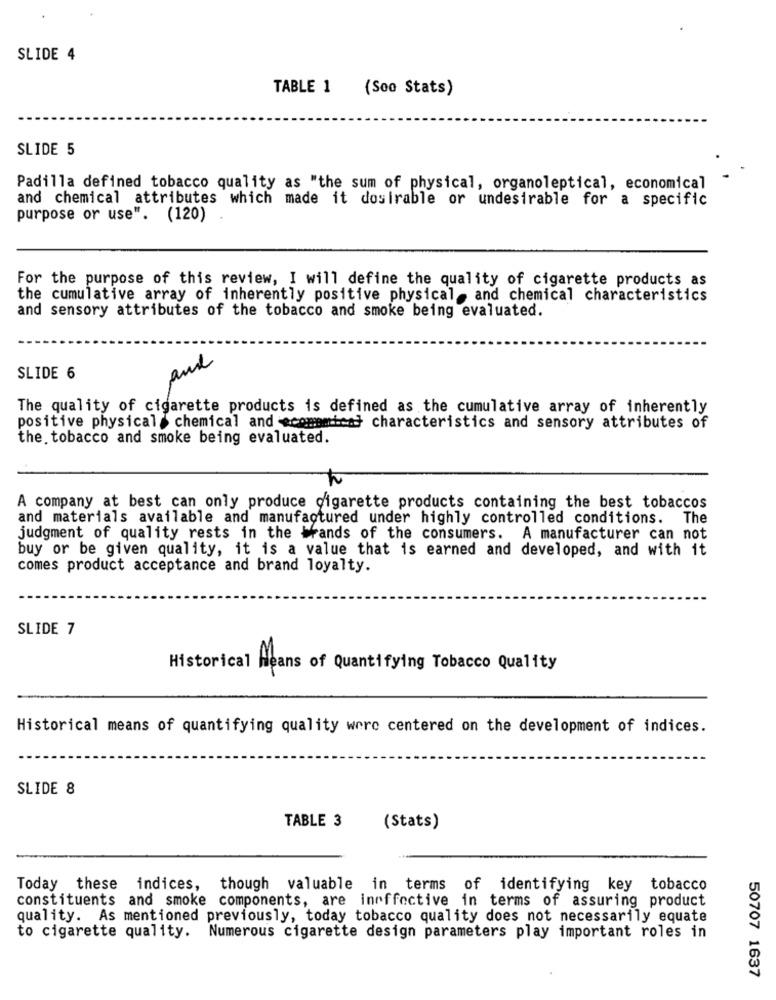
SLIDE 4
TABLE 1
(Soo Stats)
SLIDE 5
Padilla defined tobacco quality as "the sum of physical, organoleptical, economical
and chemical attributes which made it dosirable or undesirable for a specific
purpose or use". (120) .
For the purpose of this review, I will define the quality of cigarette products as
the cumulative array of inherently positive physical, and chemical characteristics
and sensory attributes of the tobacco and smoke being evaluated.
and
SLIDE 6
The quality of cigarette products is defined as the cumulative array of inherently
positive physical chemical and economics} characteristics and sensory attributes of
chvandaly che
the tobacco and smoke being evaluated.
A company at best can only produce cigarette products containing the best tobaccos
and materials available and manufactured under highly controlled conditions. The
judgment of quality rests in the Hands of the consumers. A manufacturer can not
buy or be given quality, it is a value that is earned and developed, and with it
comes product acceptance and brand loyalty.
SLIDE 7
Historical Means of Quantifying Tobacco Quality
Historical means of quantifying quality were centered on the development of indices.
SLIDE 8
TABLE 3
(Stats)
Today these indices, though valuable in terms of identifying key tobacco
constituents and smoke components, are ineffective in terms of assuring product
quality. As mentioned previously, today tobacco quality does not necessarily equate
to cigarette quality. Numerous cigarette design parameters play important roles in
50707 1637